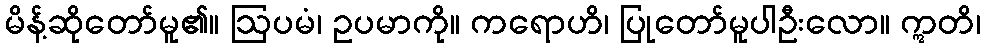
မိန့်ဆိုတော်မူ၏။ ဩပမံ၊ ဥပမာကို။ ကရောဟိ၊ ပြုတော်မူပါဦးလော။ ဣတိ၊